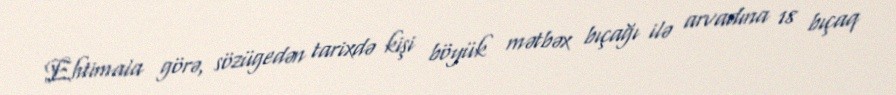
Ehtimala görə, sözügedən tarixdə kişi böyük mətbəx bıçağı ilə arvadına 18 bıçaq